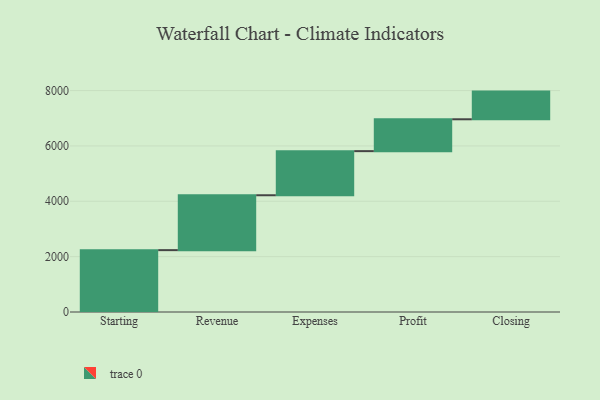
{"axis": {"x": "Step", "y": "Value"}, "legend": [""], "data": [{"x": "Starting", "y": 2235.0, "type": ""}, {"x": "Revenue", "y": 1983.0, "type": ""}, {"x": "Expenses", "y": 1594.0, "type": ""}, {"x": "Profit", "y": 1151.0, "type": ""}, {"x": "Closing", "y": 1000, "type": ""}]}